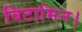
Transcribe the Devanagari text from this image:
विटामिन।